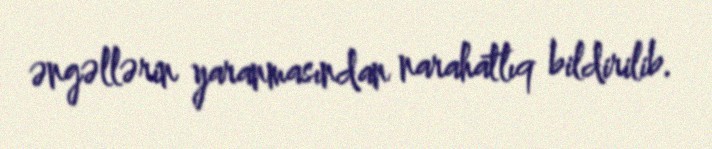
əngəllərin yaranmasından narahatlıq bildirilib.